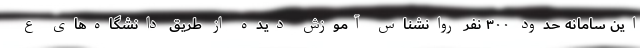
این سامانه حدود ۳۰۰ نفر روانشناس آموزش دیده از طریق دانشگاه‌های ع